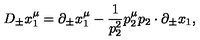
D _ { \pm } x _ { 1 } ^ { \mu } = \partial _ { \pm } x _ { 1 } ^ { \mu } - \frac 1 { p _ { 2 } ^ { 2 } } p _ { 2 } ^ { \mu } p _ { 2 } \cdot \partial _ { \pm } x _ { 1 } ,